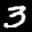
Label: 3